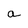
Character: a